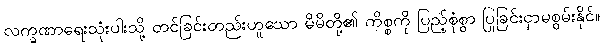
လက္ခဏာရေးသုံးပါးသို့ တင်ခြင်းတည်းဟူသော မိမိတို့၏ ကိစ္စကို ပြည့်စုံစွာ ပြုခြင်းငှာမစွမ်းနိုင်။